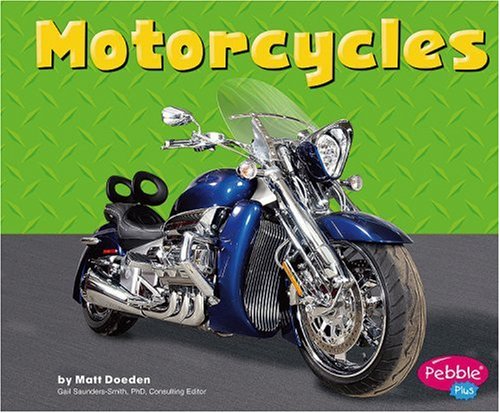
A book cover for Motorcycles (Mighty Machines); Matt Doeden; Children's Books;